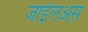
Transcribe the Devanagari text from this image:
जाईलअसे